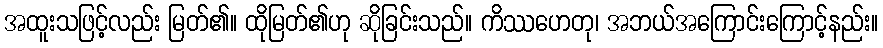
အထူးသဖြင့်လည်း မြတ်၏။ ထိုမြတ်၏ဟု ဆိုခြင်းသည်။ ကိဿဟေတု၊ အဘယ်အကြောင်းကြောင့်နည်း။